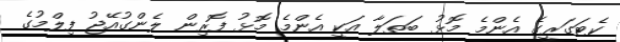
ކެޓަގަރީގެ އެންމެ މޮޅު ބަތަލާ އަކީ އެންމެ މޮޅު ފޮރިން ލެންގުއޭޖު ފިލްމުގެ